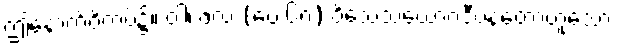
ဤနောက်ဝိကပ်၌။ ဝါ၊ ဗလ (ပေ ၆၈) ဝိသေသယောဂဒီပနတောဟူသော